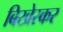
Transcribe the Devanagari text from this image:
बिखेरकर